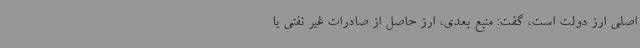
اصلی ارز دولت است، گفت: منبع بعدی، ارز حاصل از صادرات غیر نفتی یا